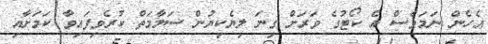
އެހެން ނަމަވެސް އެ ކޯޓުގެ ވަރަށް ގިނަ ލިޔެކިޔުން ސަލާމަތް ކުރެވިފައިވާ ކަމަށާއި